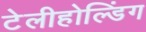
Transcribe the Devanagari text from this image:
टेलीहोल्डिंग